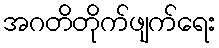
အဂတိတိုက်ဖျက်ရေး